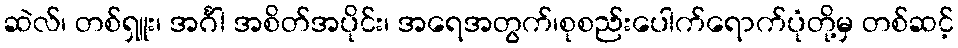
ဆဲလ်၊ တစ်ရှူး၊ အင်္ဂါ အစိတ်အပိုင်း၊ အရေအတွက်၊စုစည်းပေါက်ရောက်ပုံတို့မှ တစ်ဆင့်